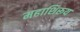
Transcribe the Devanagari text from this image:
महाशिरूय